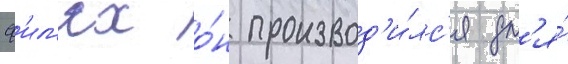
ф'ил'ях о́н производ'и́лс'я дл'я́